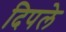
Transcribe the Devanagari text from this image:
दिपले